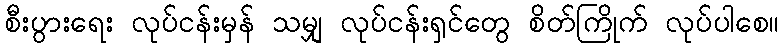
စီးပွားရေး လုပ်ငန်းမှန် သမျှ လုပ်ငန်းရှင်တွေ စိတ်ကြိုက် လုပ်ပါစေ။